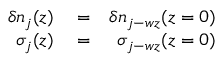
\begin{array} { r l r } { \delta n _ { j } ( z ) } & { { } = } & { \delta n _ { j - w z } ( z = 0 ) } \\ { \sigma _ { j } ( z ) } & { { } = } & { \sigma _ { j - w z } ( z = 0 ) } \end{array}